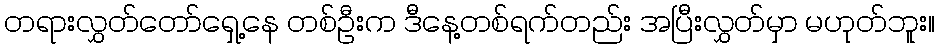
တရားလွှတ်တော်ရှေ့နေ တစ်ဦးက ဒီနေ့တစ်ရက်တည်း အပြီးလွှတ်မှာ မဟုတ်ဘူး။